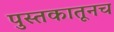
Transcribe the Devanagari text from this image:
पुस्तकातूनच